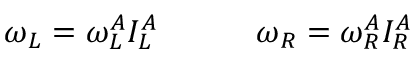
\omega _ { L } = \omega _ { L } ^ { A } I _ { L } ^ { A } \quad \quad \quad \omega _ { R } = \omega _ { R } ^ { A } I _ { R } ^ { A }